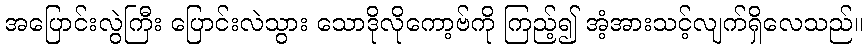
အပြောင်းလွဲကြီး ပြောင်းလဲသွား သောဒိုလိုကော့ဗ်ကို ကြည့်၍ အံ့အားသင့်လျက်ရှိလေသည်။